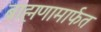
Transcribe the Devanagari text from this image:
ब्राह्मणामार्फत